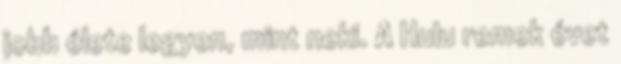
jobb élete legyen, mint neki. A Hulu remek évet